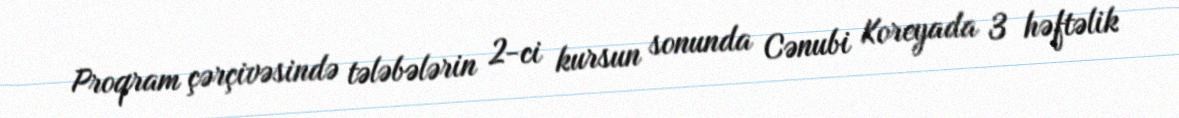
Proqram çərçivəsində tələbələrin 2-ci kursun sonunda Cənubi Koreyada 3 həftəlik